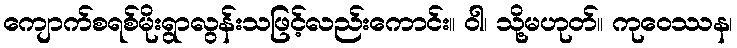
ကျောက်စရစ်မိုးရွာလွန်းသဖြင့်လည်းကောင်း။ ဝါ၊ သို့မဟုတ်။ ကုဝေဿန၊